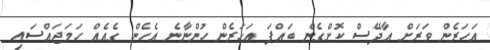
އަހަރެން ވަރަށް އާދޭސް ކޮށްގެން ބައްޕަ އަހަރެން ހުންނާނެ އެހެން ގެއެއް ހަމަޖައްސައި